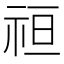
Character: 𮁭